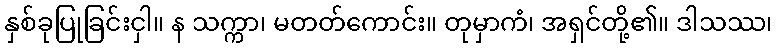
နှစ်ခုပြုခြင်းငှါ။ န သက္ကာ၊ မတတ်ကောင်း။ တုမှာကံ၊ အရှင်တို့၏။ ဒါသဿ၊